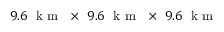
9 . 6 ~ \mathrm { ~ k ~ m ~ } ~ \times ~ 9 . 6 ~ \mathrm { ~ k ~ m ~ } ~ \times ~ 9 . 6 ~ \mathrm { ~ k ~ m ~ }